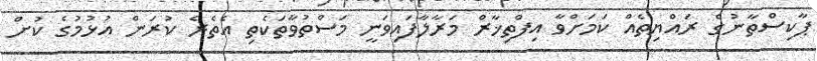
ޕާކިސްތާނުގެ ރައްޔިތެއްް ކަމަށްވާ އިފްތިޚާރް މަރާލާފައިވަނީ މަސްތުވާތަކެތި އެތެރެ ކުރަން އުޅުމުގެ ކުށް